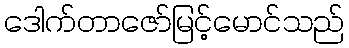
ဒေါက်တာဇော်မြင့်မောင်သည်